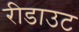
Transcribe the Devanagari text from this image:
रीडाउट